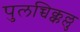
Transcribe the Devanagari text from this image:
पुलच्चिक्कल्लु